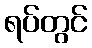
ရပ်တွင်